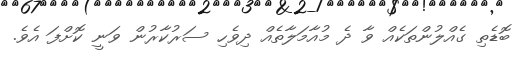
ބޮޑެތި ގެއްލުންތަކެއް ވާ ދެ މުއާމަލާތެއް ދިވެހި ސަރުކާރުން ވަނީ ކޮށްފަ އެވެ.